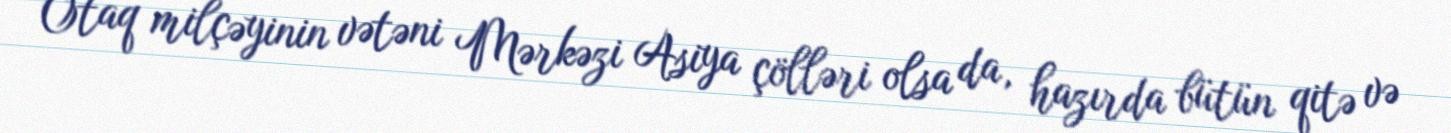
Otaq milçəyinin vətəni Mərkəzi Asiya çölləri olsa da, hazırda bütün qitə və